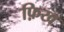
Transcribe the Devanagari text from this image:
फ़िख